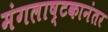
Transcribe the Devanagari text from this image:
मंगलाष्टकानंतर